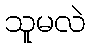
သူမလဲ